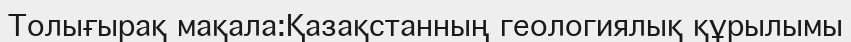
Толығырақ мақала:Қазақстанның геологиялық құрылымы